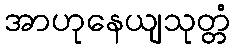
အာဟုနေယျသုတ္တံ